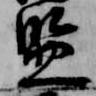
監